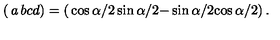
\left( \begin{matrix} { a } & { b } \\ { c } & { d } \\ \end{matrix} \right) = \left( \begin{matrix} { \cos \alpha / 2 } & { \sin \alpha / 2 } \\ { - \sin \alpha / 2 } & { \cos \alpha / 2 } \\ \end{matrix} \right) .